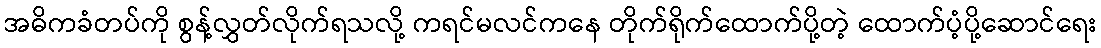
အဓိကခံတပ်ကို စွန့်လွှတ်လိုက်ရသလို့ ကရင်မလင်ကနေ တိုက်ရိုက်ထောက်ပို့တဲ့ ထောက်ပံ့ပို့ဆောင်ရေး